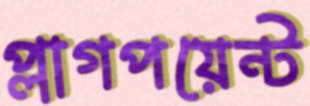
প্লাগপয়েন্ট